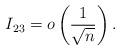
LaTeX: \begin{align*}I_{23} = o \left( \frac{ 1 }{\sqrt{n}} \right).\end{align*}